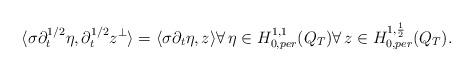
LaTeX: \begin{align*} \langle \sigma \partial_t^{1/2} \eta,\partial_t^{1/2} z^{\perp} \rangle = \langle \sigma \partial_t \eta,z \rangle \forall \, \eta \in H^{1,1}_{0,per}(Q_T) \forall \, z \in H^{1,\frac{1}{2}}_{0,per}(Q_T).\end{align*}